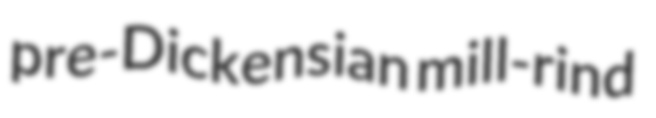
pre-Dickensian mill-rind